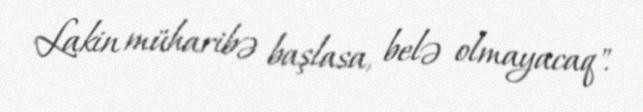
Lakin müharibə başlasa, belə olmayacaq".